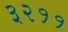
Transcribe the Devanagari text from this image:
३२११